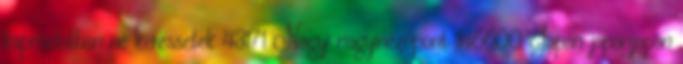
kapcsolatban ne keressetek 43171 Nagyi nagyinézőpont 146600 Japán japánjapán